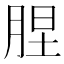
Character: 𦛠